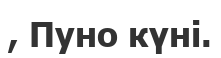
, Пуно күні.